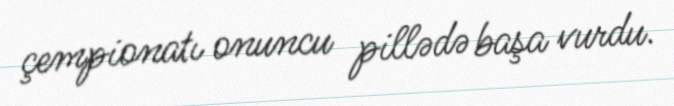
çempionatı onuncu pillədə başa vurdu.